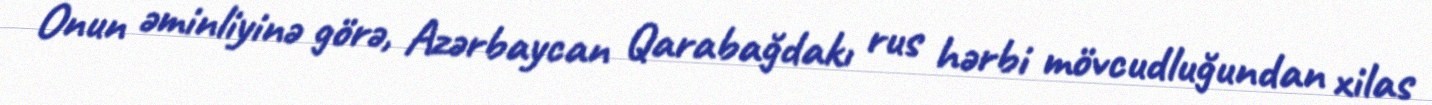
Onun əminliyinə görə, Azərbaycan Qarabağdakı rus hərbi mövcudluğundan xilas